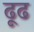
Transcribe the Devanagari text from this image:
ढूढ